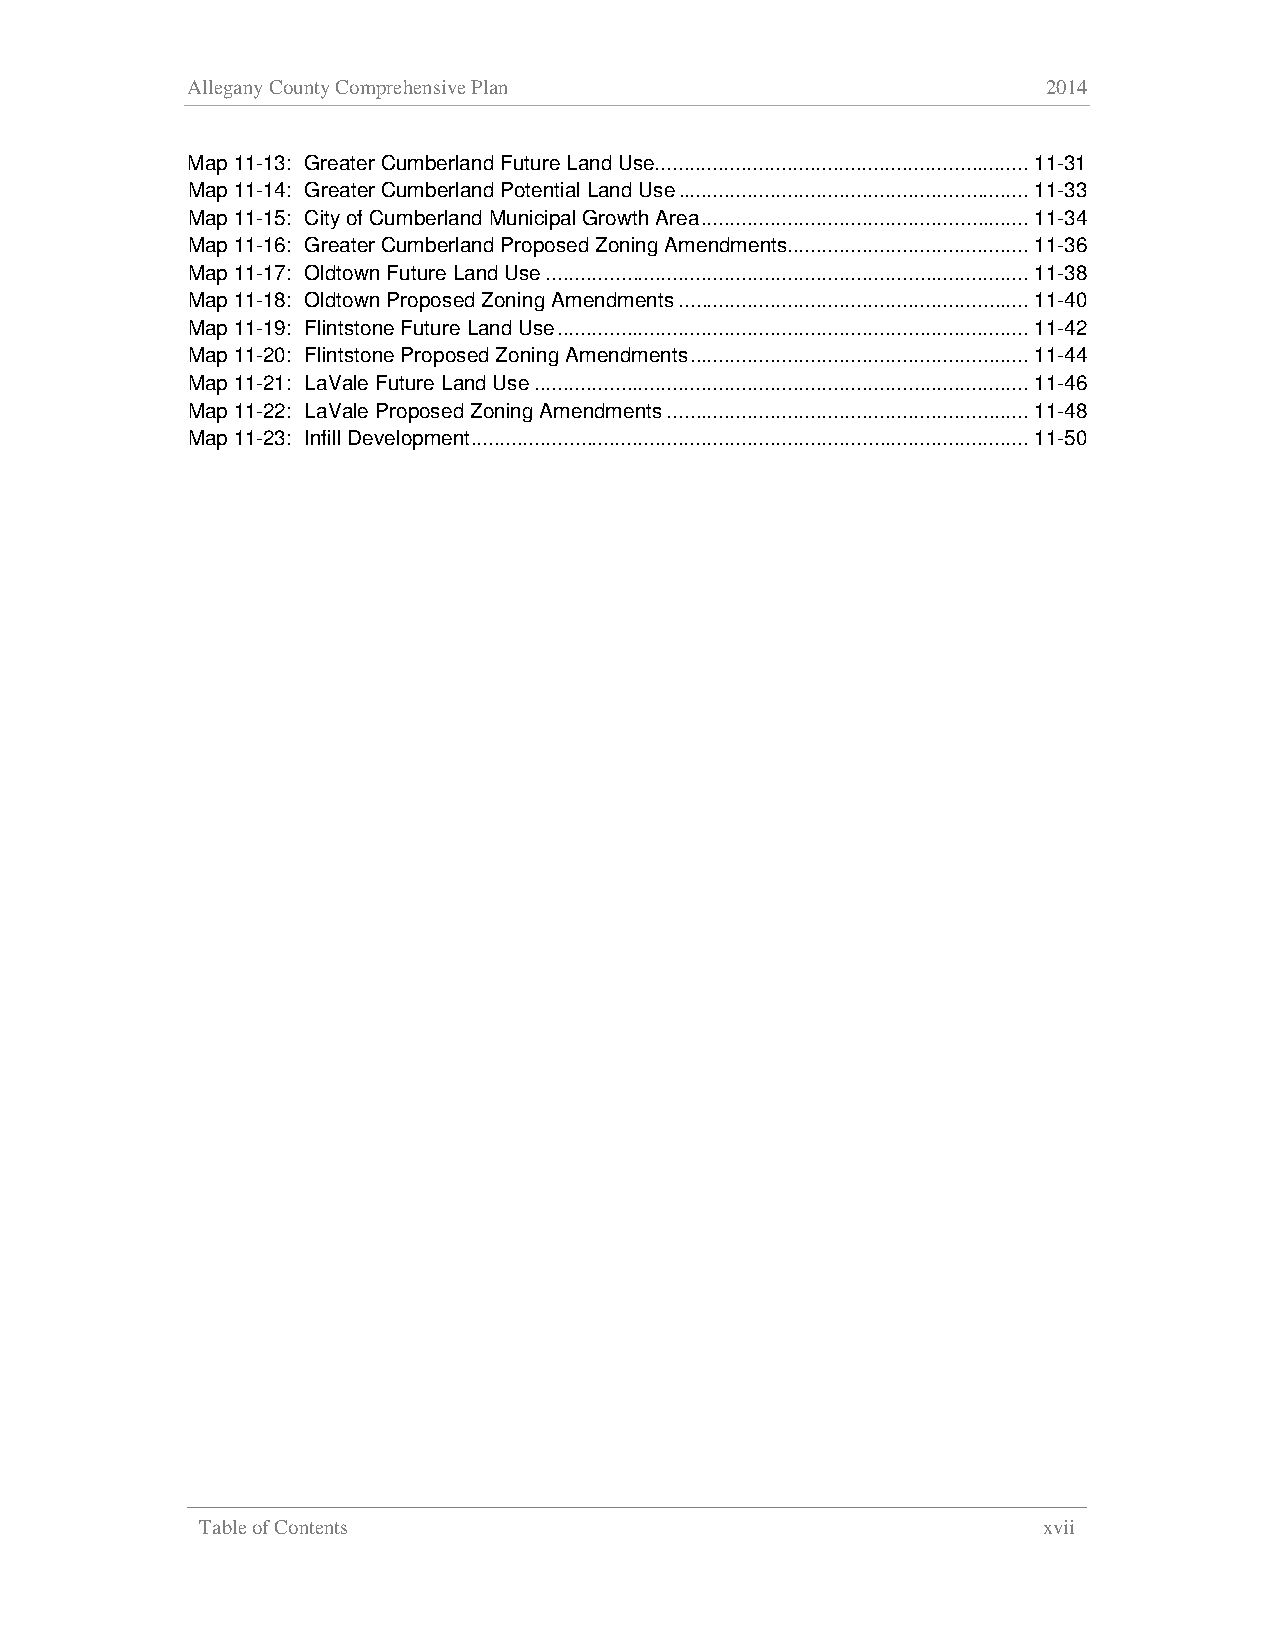
Allegany County Comprehensive Plan                       2014
 Map 11-13: Greater Cumberland Future Land Use................................................................. 11-31
 Map 11-14: Greater Cumberland Potential Land Use ............................................................. 11-33
 Map 11-15: City of Cumberland Municipal Growth Area ......................................................... 11-34
 Map 11-16: Greater Cumberland Proposed Zoning Amendments .......................................... 11-36
 Map 11-17: Oldtown Future Land Use .................................................................................... 11-38
 Map 11-18: Oldtown Proposed Zoning Amendments ............................................................. 11-40
 Map 11-19: Flintstone Future Land Use .................................................................................. 11-42
 Map 11-20: Flintstone Proposed Zoning Amendments ........................................................... 11-44
 Map 11-21: LaVale Future Land Use ...................................................................................... 11-46
 Map 11-22: LaVale Proposed Zoning Amendments ............................................................... 11-48
 Map 11-23: Infill Development ................................................................................................. 11-50
 Table of Contents                                       xvii